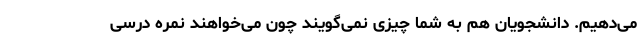
می‌دهیم. دانشجویان هم به شما چیزی نمی‌گویند چون می‌خواهند نمره درسی